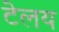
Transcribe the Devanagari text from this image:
टेलय